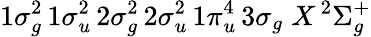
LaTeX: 1\sigma_{g}^{2}\, 1\sigma_{u}^{2}\, 2\sigma_{g}^{2}\, 2\sigma_{u}^{2}\, 1\pi_{u}^{4}\, 3\sigma_{g}\; X\, ^{2}\Sigma_{g}^{+}